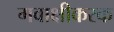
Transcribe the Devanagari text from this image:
गवाक्षीकरक